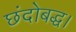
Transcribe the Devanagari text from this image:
छंदोबद्ध।